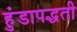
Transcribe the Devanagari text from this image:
हुंडापद्धती